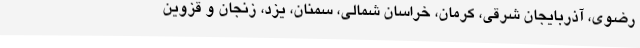
رضوی، آذربایجان شرقی، کرمان، خراسان شمالی، سمنان، یزد، زنجان و قزوین